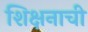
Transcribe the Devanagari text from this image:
शिक्षनाची